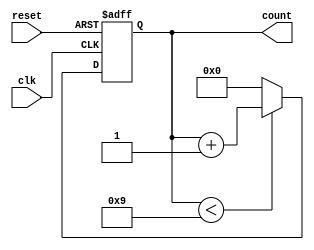
module BCD_Counter (
    input wire clk,         // Clock signal
    input wire reset,       // Asynchronous reset signal
    output reg [3:0] count  // 4-bit output for BCD count
);

// Always block for synchronous behavior
always @(posedge clk or posedge reset) begin
    if (reset) begin
        // Asynchronous reset
        count <= 4'b0000; // Reset count to 0
    end else begin
        // Counting mechanism
        if (count < 4'b1001) begin
            count <= count + 1; // Increment count
        end else begin
            count <= 4'b0000; // Reset count to 0 after reaching 9
        end
    end
end

endmodule